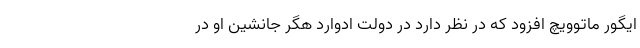
ایگور ماتوویچ افزود که در نظر دارد در دولت ادوارد هگر جانشین او در